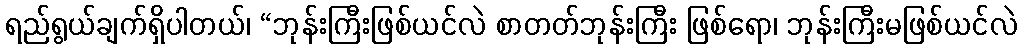
ရည်ရွယ်ချက်ရှိပါတယ်၊ “ဘုန်းကြီးဖြစ်ယင်လဲ စာတတ်ဘုန်းကြီး ဖြစ်ရော၊ ဘုန်းကြီးမဖြစ်ယင်လဲ